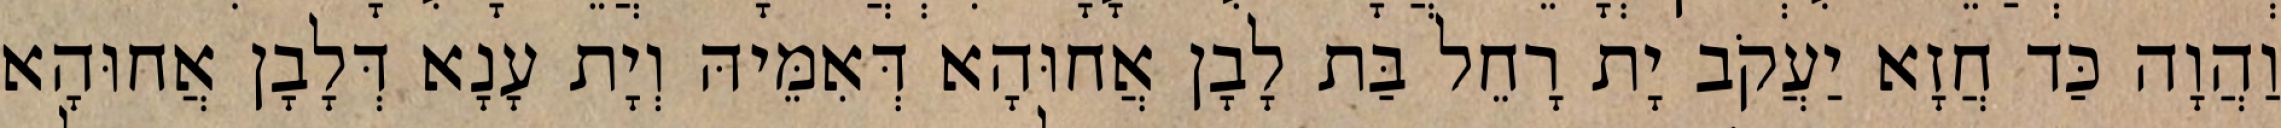
וַהֲוָה כַּד חֲזָא יַעֲקֹב יָת רָחֵל בַּת לָבָן אֲחוּהָא דְּאִמֵּיהּ וְיָת עָנָא דְּלָבָן אֲחוּהָא